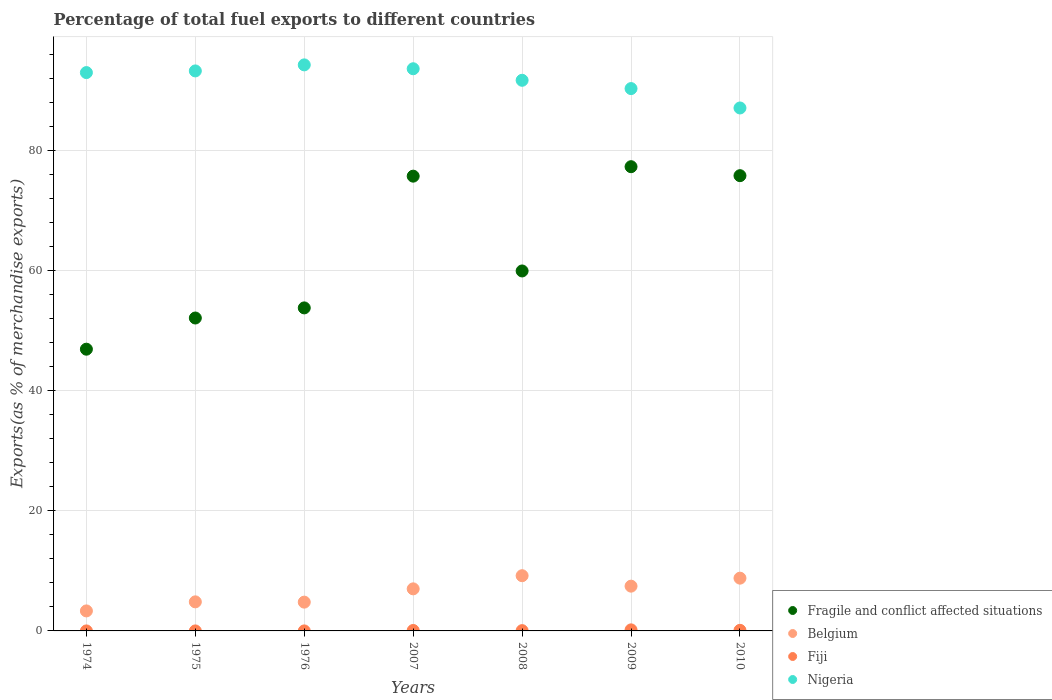
| Years | Fragile and conflict affected situations | Belgium | Fiji | Nigeria |
 | --- | --- | --- | --- | --- |
 | 1974 | 46.9 | 3.33 | 0.000689 | 93 |
 | 1975 | 52.1 | 4.84 | 4.38e-05 | 93.3 |
 | 1976 | 53.8 | 4.8 | 0.000524 | 94.3 |
 | 2007 | 75.8 | 7.01 | 0.0754 | 93.7 |
 | 2008 | 60 | 9.2 | 0.0487 | 91.7 |
 | 2009 | 77.3 | 7.46 | 0.176 | 90.4 |
 | 2010 | 75.9 | 8.79 | 0.0982 | 87.1 |